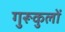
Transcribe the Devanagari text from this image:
गुरूकुलों